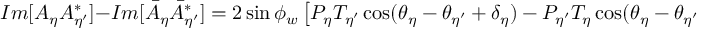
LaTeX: I m [ A _ { \eta } A _ { \eta ^ { \prime } } ^ { * } ] - I m [ { \bar { A } _ { \eta } } { \bar { A } _ { \eta ^ { \prime } } ^ { * } } ] = 2 \sin \phi _ { w } \left[ P _ { \eta } T _ { \eta ^ { \prime } } \cos ( \theta _ { \eta } - \theta _ { \eta ^ { \prime } } + \delta _ { \eta } ) - P _ { \eta ^ { \prime } } T _ { \eta } \cos ( \theta _ { \eta } - \theta _ { \eta ^ { \prime } } - \delta _ { \eta ^ { \prime } } ) \right] .